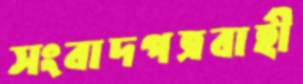
সংবাদপত্রবাহী